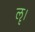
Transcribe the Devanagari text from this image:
ॡ।